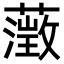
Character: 𮒎